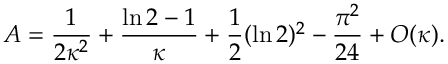
{ \cal A } = { \frac { 1 } { 2 \kappa ^ { 2 } } } + { \frac { \ln 2 - 1 } { \kappa } } + { \frac { 1 } { 2 } } ( \ln 2 ) ^ { 2 } - { \frac { \pi ^ { 2 } } { 2 4 } } + { \cal O } ( \kappa ) .